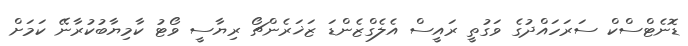
ޑޮނެޓްސްކް ސަރަހައްދުގެ ވަގުތީ ރައީސް އެލެގްޒެންޑަ ޒަޚަރެންޗޯ ރިޔާސީ ވޯޓު ކާމިޔާބުކުރާނޭ ކަަމަށް